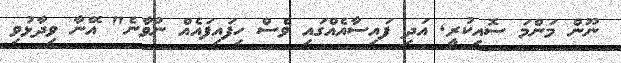
ނޫން މަންމަ ސޮއިކުރީ